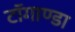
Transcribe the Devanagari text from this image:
टाॅगाण्डा